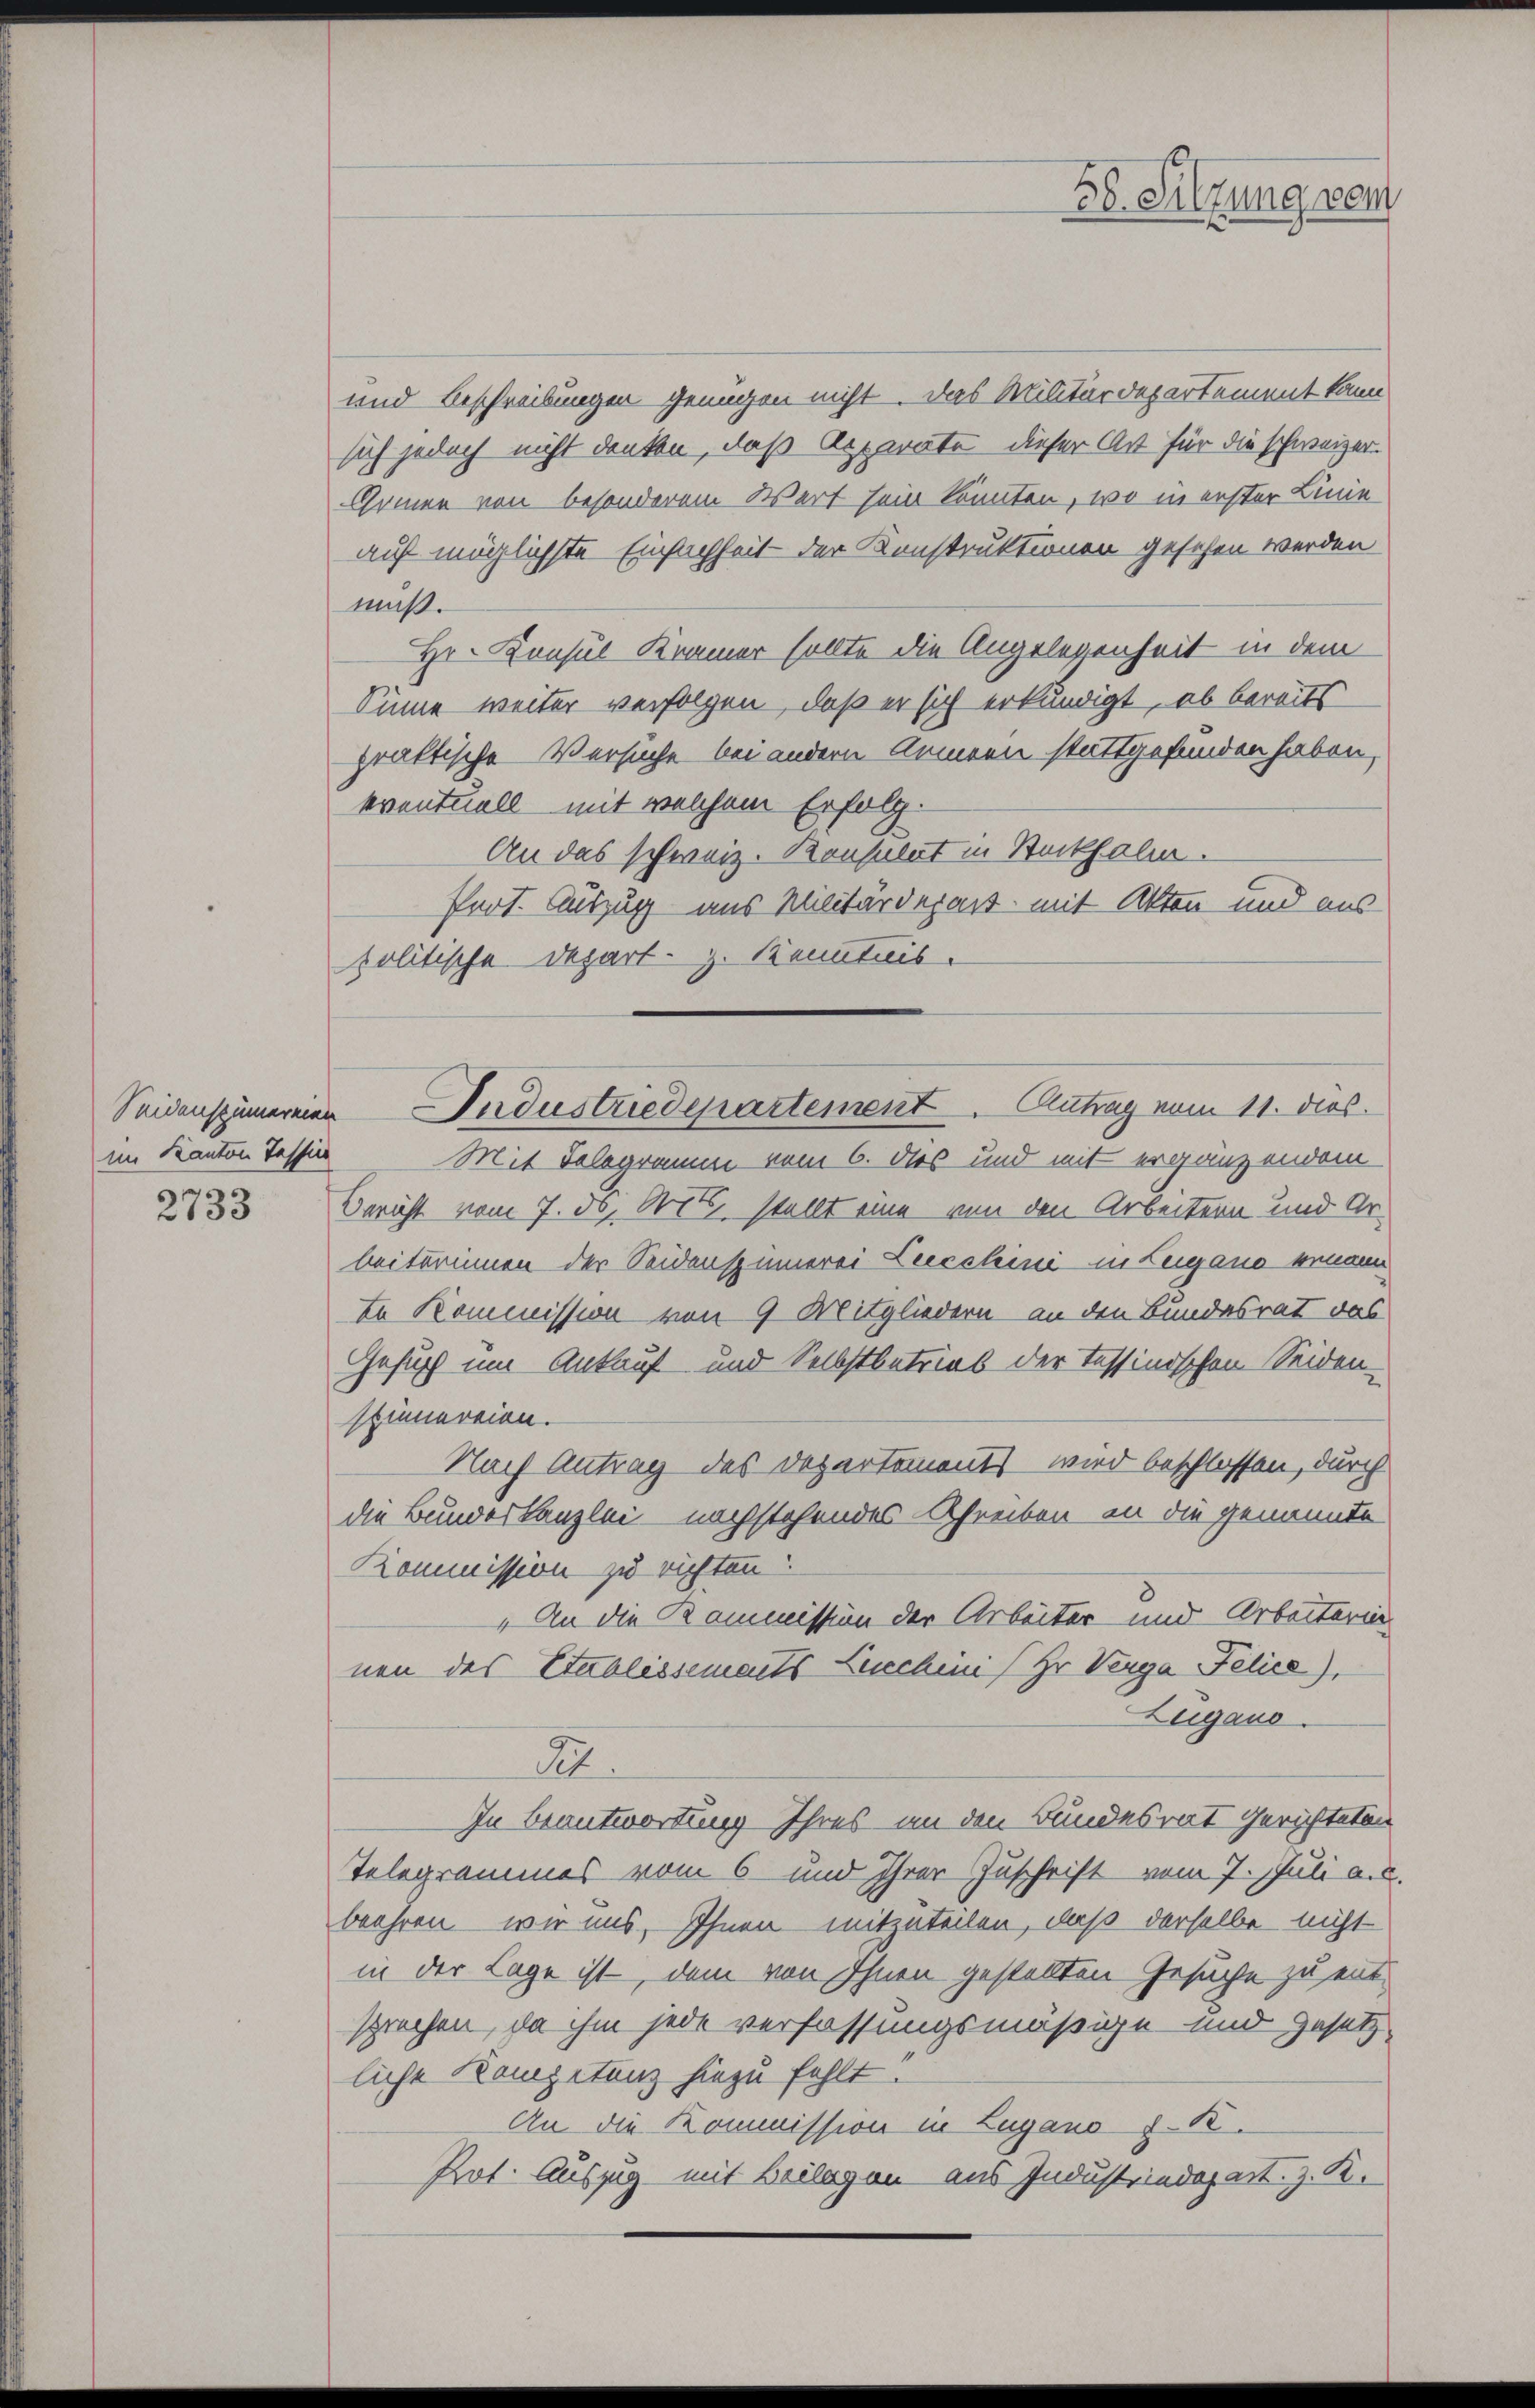
im Kanton Tessin

2733

und Beschreibungen genügen nicht. Das Militärdepartement kann
sich jedoch nicht denken, daß Apparate dieser Art für die schweizer¬
Grinen von besonderem Wert sein könnten, wo in erster Linie
auf möglichste Einfachheit der Konstruktionen gesehen werden
muß.
Hr. Konsul Kramer sollte die Angelegenheit in dem
Sinne weiter verfolgen, daß er sich erkundigt, ob bereits
praktische Versuche bei andern Armeen stattgefunden haben,
eventuell mit welchem Erfolg.
An das schweiz. Konsulat in Stockholm.
Prot. Auszug aus Militärdepart mit Akten und aus
politische Depart z. Kenntnis.
Mit Telegramm vom 6. des und mit ergänzendem
Bericht vom 7. ds. Orte stellt eine von den Arbeitern und Urbeiterimen der Seidenspümerei Leecchini in Lugano ernann
te Kommission von 9 Mitgliedern an den Bundesrat das
Gesuch um Ankauf und Selbstbetrieb der Tessinischen Seiden-
spinnereien.
Nach Antrag des Departements wird beschlossen, durch
die Bundeskanzlei nachstehendes Schreiben an die genannte
Kommission zu richten.
„An die Kommission der Arbeiter und Arbeiterin
nen des Etablissements Liechini (Hr. Verga Felice),
Zugano.
A.
In Beantwortung Ihres an den Bundesrat gerichteten
Telegrammes vom 6. und Ihrer Zuschrift vom 7. Juli au
beehren wir uns, Ihnen mitzuteilen, daß derselbe nicht
in der Lage ist, dem von Ihnen gestellten Gesuche zu entsprechen, da ihm jede verfassungsmäßige und Gesetz-
liche Kompetenz hiezu fehlt?
An die Kommission in Lugano d. K.
Kot. Auszug mit Beilagen aus Industriedepart. z. B.

Seidenspümereien Industriedepartement Antrag vom 11. dies

30. Sitzung vom